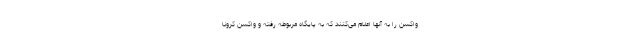
واکسن را به آنها اعلام می‌کنند که به پایگاه مربوطه رفته و واکسن کرونا